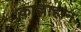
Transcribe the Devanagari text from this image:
काल्लाहान